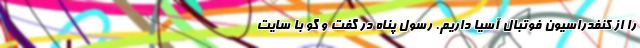
را از کنفدراسیون فوتبال آسیا داریم. رسول پناه در گفت و گو با سایت